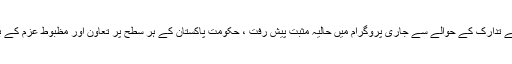
ہم یہاں تسلیم کرنا پڑے گاکہ پولیو کے تدارک کے حوالے سے جاری پروگرام میں حالیہ مثبت پیش رفت ، حکومت پاکستان کے ہر سطح پر تعاون اور مظبوط عزم کے بغیر کسی بھی طرح ممکن نہیں تھی۔